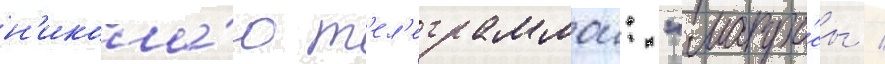
н'икола́ю т'ел'еграммои: "матро́сы /